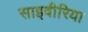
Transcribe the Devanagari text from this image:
साइवीरिया